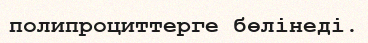
полипроциттерге бөлiнедi.